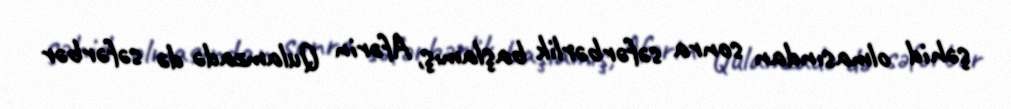
şəhid olmasından sonra səfərbərlik başlamış, Afərin Qulamzadə də səfərbər